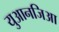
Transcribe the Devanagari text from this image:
युआनजिआ